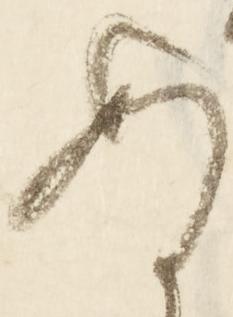
ぬ